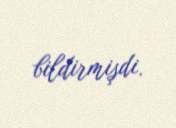
bildirmişdi.